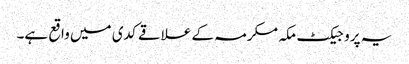
یہ پروجیکٹ مکہ مکرمہ کے علاقے کدی میں واقع ہے۔